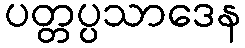
ပတ္တပ္ပသာဒေန